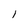
Character: 1